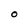
Character: 0